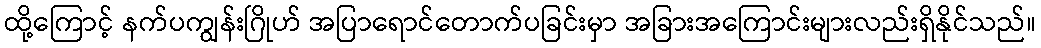
ထို့ကြောင့် နက်ပကျွန်းဂြိုဟ် အပြာရောင်တောက်ပခြင်းမှာ အခြားအကြောင်းများလည်းရှိနိုင်သည်။